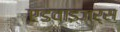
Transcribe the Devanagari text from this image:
एडवाइजर्स